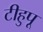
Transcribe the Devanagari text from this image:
टीहुपू